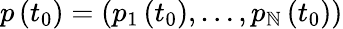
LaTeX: p\left(t_{0}\right)=\left(p_{1}\left(t_{0}\right),\ldots,p_{\mathbb{N}}\left(t_{0}\right)\right)